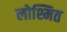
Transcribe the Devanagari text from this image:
लोश्मित